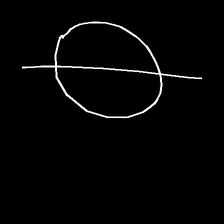
Glyph: orb